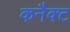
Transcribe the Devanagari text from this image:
कनैक्ट